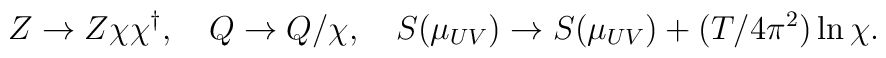
Z\to Z\chi\chi^\dagger, \quad Q\to Q/\chi, \quad S(\mu_{UV}) \to S(\mu_{UV}) + (T/4\pi^2)\ln \chi.